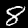
Label: 8